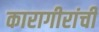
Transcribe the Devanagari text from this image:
कारागीरांची